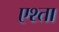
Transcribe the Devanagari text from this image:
एश्ता